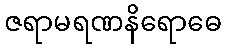
ဇရာမရဏနိရောဓေ